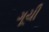
ગૂચી